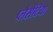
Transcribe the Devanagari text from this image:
प्लैसेंटिया